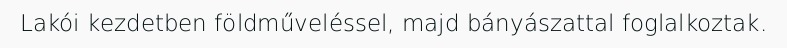
Lakói kezdetben földműveléssel, majd bányászattal foglalkoztak.